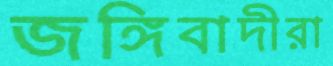
জঙ্গিবাদীরা